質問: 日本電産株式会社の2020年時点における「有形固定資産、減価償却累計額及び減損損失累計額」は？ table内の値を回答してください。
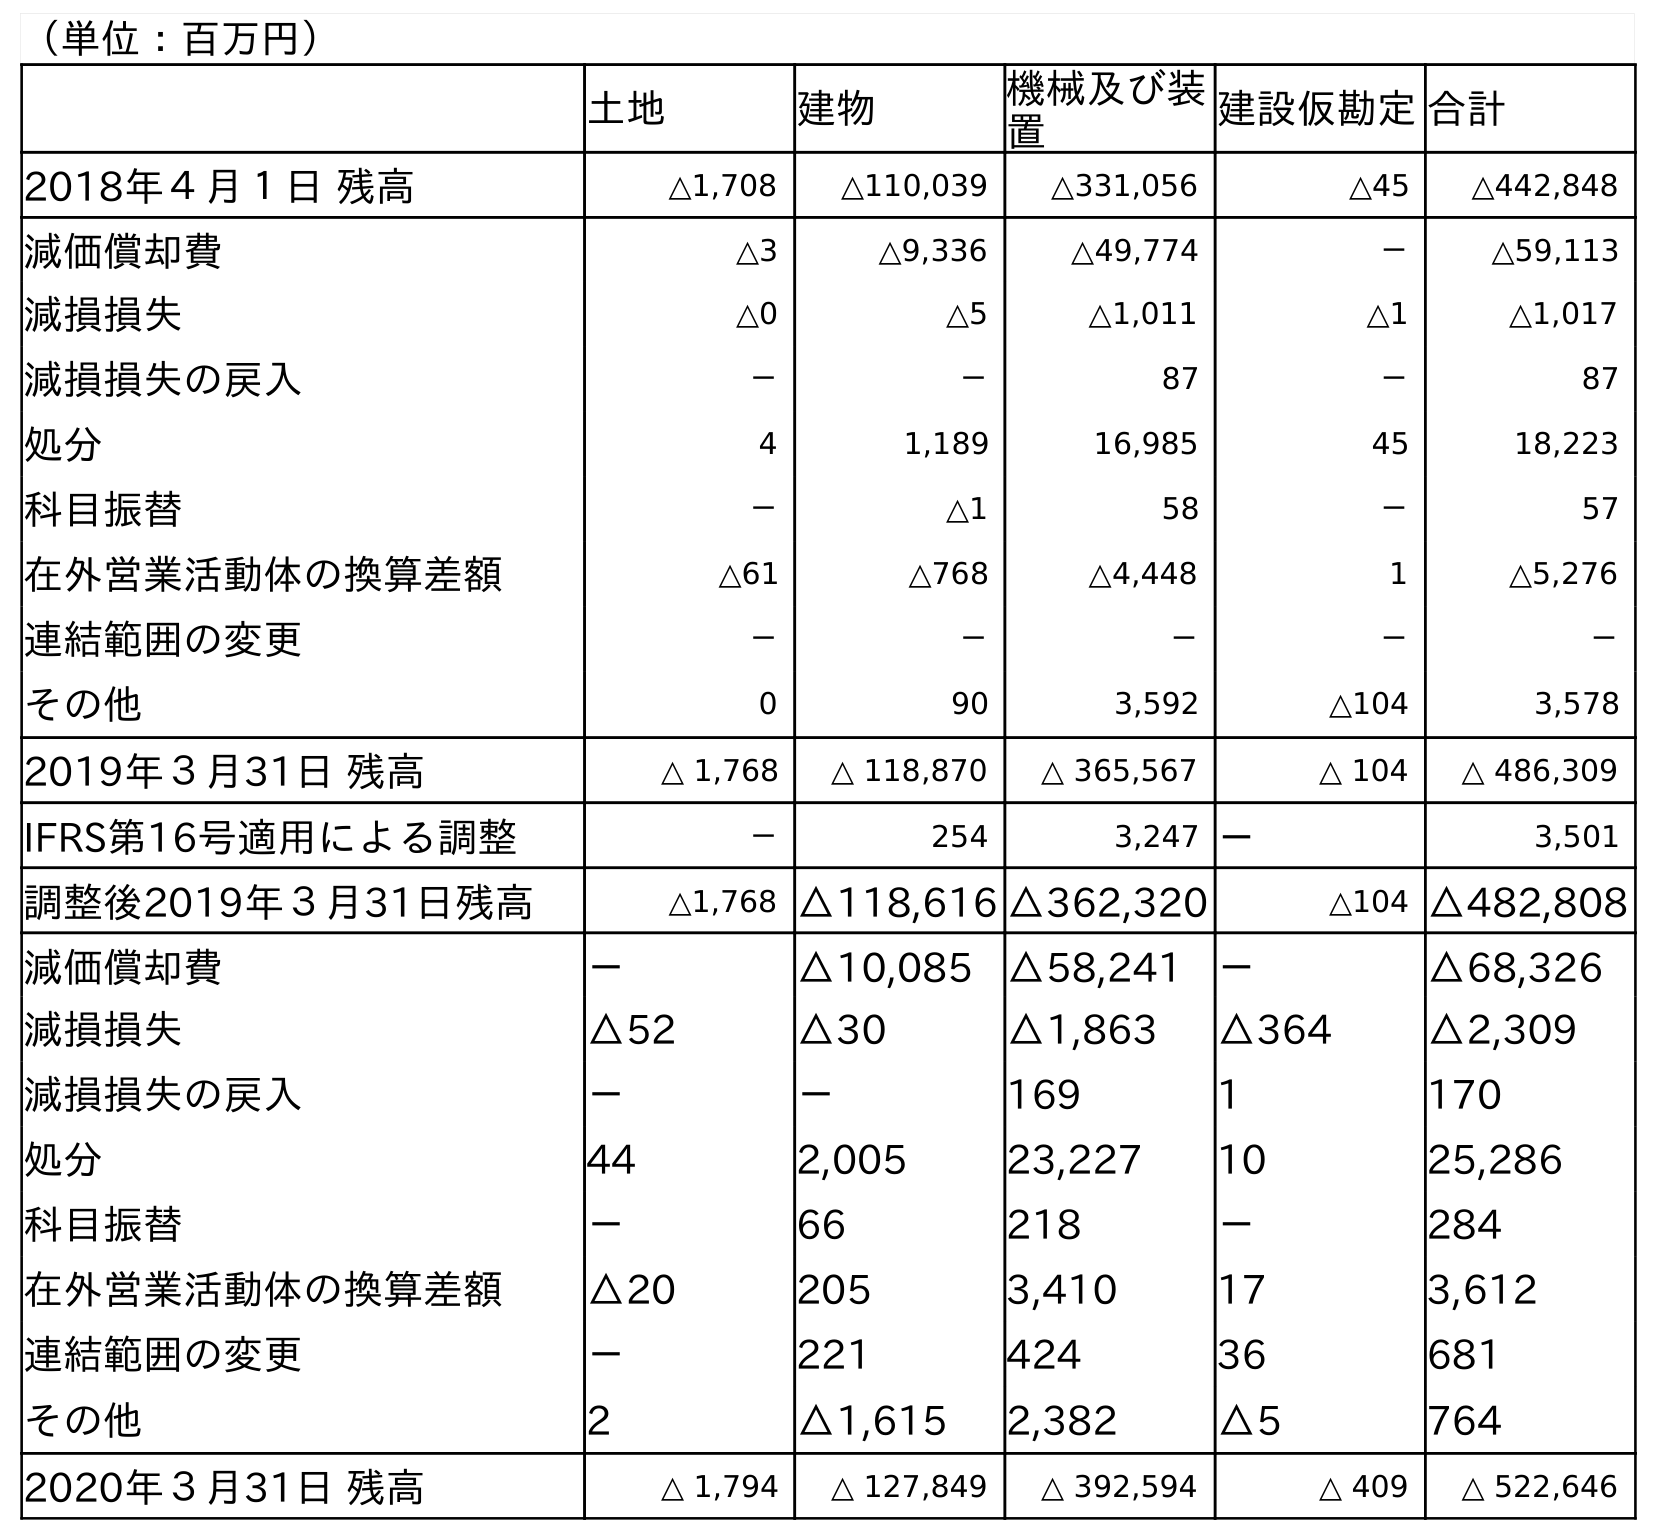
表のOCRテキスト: （単位：百万円） 土地 建物 機械及び装 置 建設仮勘定合計 2018年４月１日 残高 △1,708 △110,039 △331,056 △45 △442,848 減価償却費 △3 △9,336 △49,774 － △59,113 減損損失 △0 △5 △1,011 △1 △1,017 減損損失の戻入 － － 87 － 87 処分 4 1,189 16,985 45 18,223 科目振替 － △1 58 － 57 在外営業活動体の換算差額 △61 △768 △4,448 1 △5,276 連結範囲の変更 － － － － － その他 0 90 3,592 △104 3,578 2019年３月31日 残高 △ 1,768 △ 118,870 △ 365,567 △ 104 △ 486,309 IFRS第16号適用による調整 － 254 3,247 － 3,501 調整後2019年３月31日残高 △1,768 △118,616 △362,320 △104 △482,808 減価償却費 － △10,085 △58,241 － △68,326 減損損失 △52 △30 △1,863 △364 △2,309 減損損失の戻入 － － 169 1 170 処分 44 2,005 23,227 10 25,286 科目振替 － 66 218 － 284 在外営業活動体の換算差額 △20 205 3,410 17 3,612 連結範囲の変更 － 221 424 36 681 その他 2 △1,615 2,382 △5 764 2020年３月31日 残高 △ 1,794 △ 127,849 △ 392,594 △ 409 △ 522,646
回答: △522,646